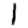
Digit: 1